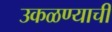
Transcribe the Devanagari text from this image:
उकळण्याची